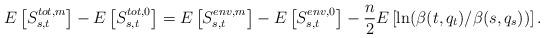
LaTeX: \begin{align*}E\left[S^{tot,m}_{s,t}\right]-E\left[S^{tot,0}_{s,t}\right]=E\left[S^{env,m}_{s,t}\right]-E\left[S^{env,0}_{s,t}\right]-\frac{n}{2}E\left[ \ln(\beta(t,q_t)/\beta(s,q_s))\right].\end{align*}